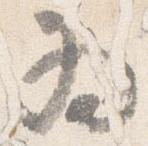
為